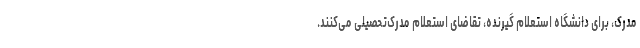
مدرک، برای دانشگاه استعلام گیرنده، تقاضای استعلام مدرک‌تحصیلی می‌کنند.